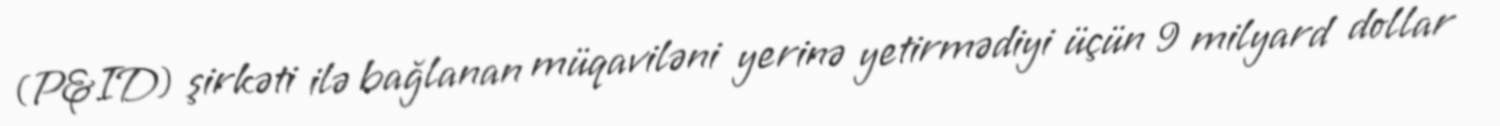
(P&ID) şirkəti ilə bağlanan müqaviləni yerinə yetirmədiyi üçün 9 milyard dollar